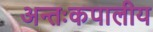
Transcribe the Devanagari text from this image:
अन्तःकपालीय